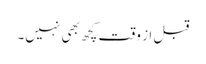
قبل از وقت کچھ بھی نہیں۔